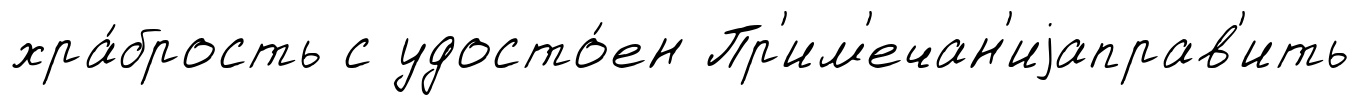
хра́брость с удосто́ен Пр'им'ечан'иjаправ'ить